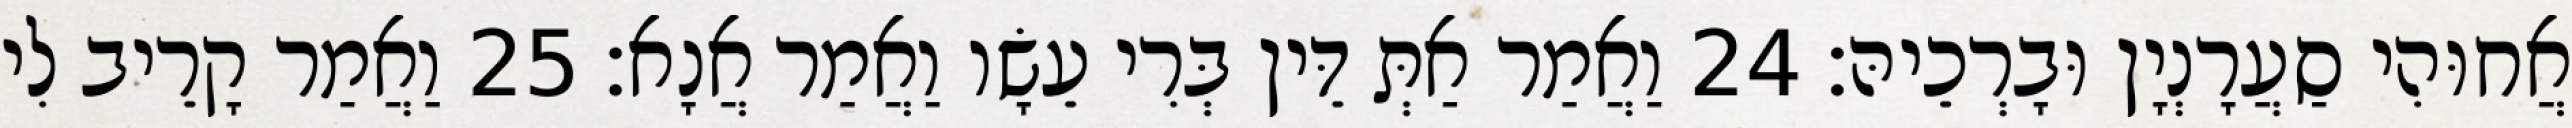
אֲחוּהִי סַעֲרָנְיָן וּבָרְכֵיהּ׃ 24 וַאֲמַר אַתְּ דֵּין בְּרִי עֵשָׂו וַאֲמַר אֲנָא׃ 25 וַאֲמַר קָרֵיב לִי